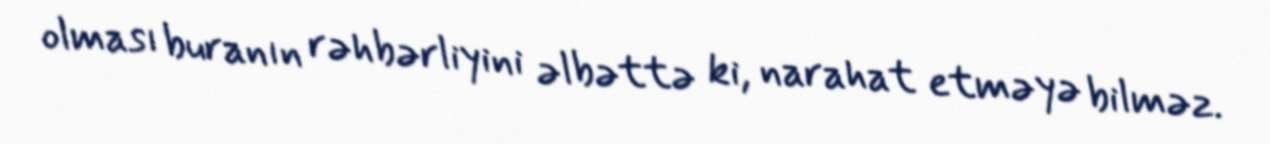
olması buranın rəhbərliyini əlbəttə ki, narahat etməyə bilməz.